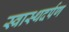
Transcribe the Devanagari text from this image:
स्वास्थदर्पण